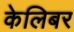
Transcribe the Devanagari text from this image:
केलिबर